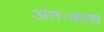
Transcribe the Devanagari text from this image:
अंतःकाष्ठ